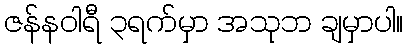
ဇန်နဝါရီ ၃ရက်မှာ အသုဘ ချမှာပါ။